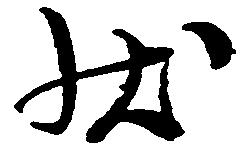
状